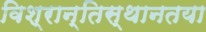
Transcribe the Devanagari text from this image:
विश्रान्तिस्थानतया